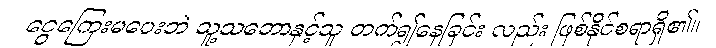
ငွေကြေးမပေးဘဲ သူ့သဘောနှင့်သူ တက်၍နေခြင်း လည်း ဖြစ်နိုင်စရာရှိ၏။